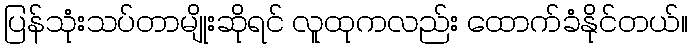
ပြန်သုံးသပ်တာမျိုးဆိုရင် လူထုကလည်း ထောက်ခံနိုင်တယ်။